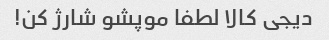
دیجی کالا لطفا موپشو شارژ کن!